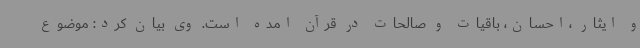
و ایثار ،احسان، باقیات و صالحات در قرآن امده است. وی بیان کرد: موضوع